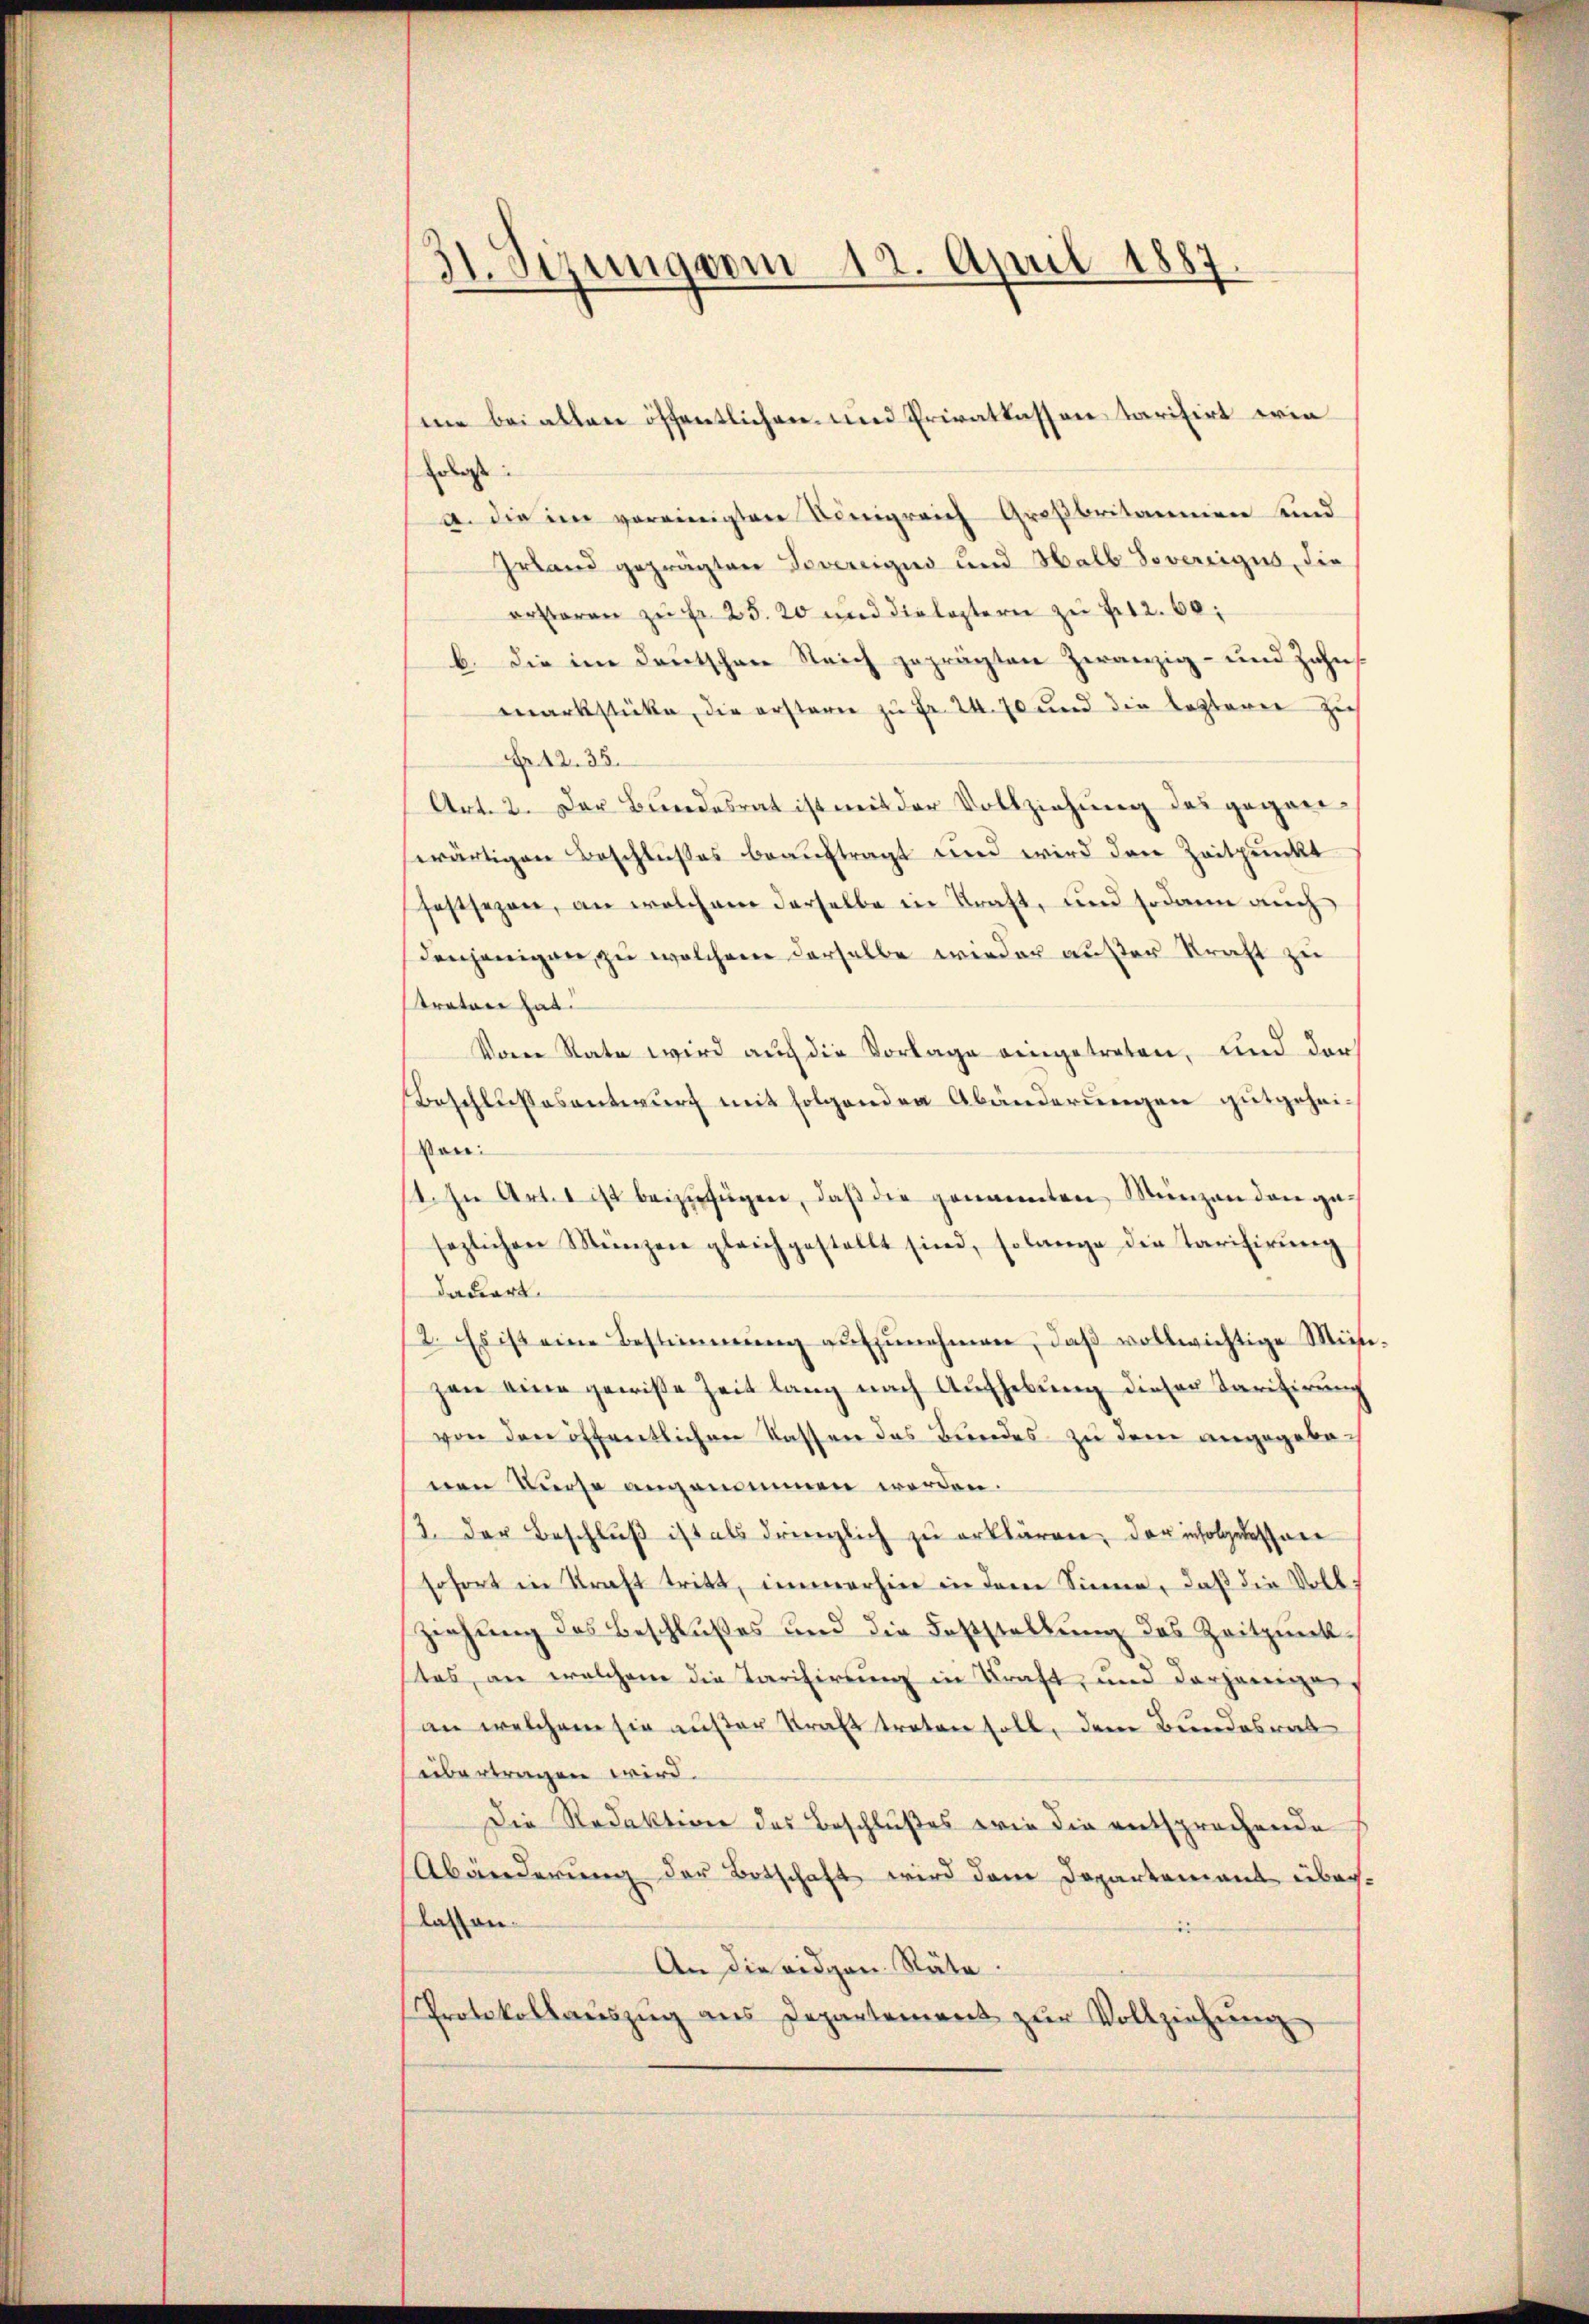
31. Sizung vom 19. April 1887.

Erlasse
a. die im vereinigten Königreich Großbritannien und
Irland geprägten Tavereiges und Halb Sovereigus, die
erstoren zŭ fr. 25. 20 und die leztern zŭ fr.12. 60,
b. die im Deutschen Reich geprägten Zwanzig- und Zahns
markstücke, die erstern zu Fr. 24. 70 und die lezterer Zuch
Fr. 12. 35.
Art. 2. Der Bundesrat ist mit der Vollziehung des geganwärtigen Beschlußes beauftragt und wird den Zeitpunkt
festsezen, an welchem derselbe in Kraft, und sodann auch
denjenigen, zu welchen derselbe wieder außer Kraft zu
Krator hat.
Von Rate wird auch die Vorlage eingetreten, und der
Beschlussesentwurf mit folgenden Abänderungen gutgeheivon:
1. In Art. 1 ist beizufügen, daβ die genannten Münzen den ge-
sezlichen Münzen gleichgestellt sind, solange die Tarifirŭng
dadiert.
12. Es ist eine Bestimmung aufzunehmen, daß vollwichtige Misezen eine gewiße Zeit lang nach Aŭfhebŭng dieser Karitierŭng
von den öffentlichen Kassen das Bundes zu dem angegeben
nen Kurse angenommen werden.
3. der Beschlŭβ ist als dringlich zu erklären, der infolgenossen
sofort in Kraft tritt, immerhin in dem Sinne, daß die Volk
ziehung des Beschlußes und die Feststellung des Zeitpunkstas, an welchem die Tarifirung in Kraft und derjeniger,
an welchem sie außer Kraft treten soll, dem Bundesrat
übertragen wird.
Die Redaktion des Beschlußes wie die entsprochende
Abänderung der Botschaft wird dem Departement überlassen.
An die eidgen. Räte
Protokollaŭszŭg ans Departement zŭr Vollziehŭng

me bei alten öffentlichen und Privatkassen tarifirt wie